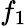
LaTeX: f_{\mathrm{1}}